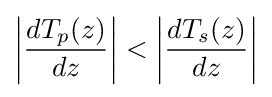
\left|{dT_{p}(z) \over dz}\right|<\left|{dT_{s}(z) \over dz}\right|